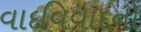
વાદવિવાદનો